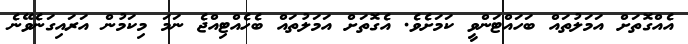
އެއްގޮތަށް އަމަލުތައް ބަހައްޓަންވީ ކަމަށެވެ. އެގޮތަށް އަމަލުތައް ބެހެއްޓިއްޖެ ނަމަ މިކަމުން އަރައިގަނެވޭނެ